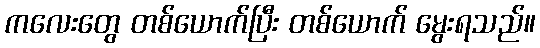
ကလေးတွေ တစ်ယောက်ပြီး တစ်ယောက် မွေးရသည်။